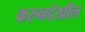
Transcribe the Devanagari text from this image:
करुनदेखील